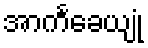
အာကင်္ခေယျုံ